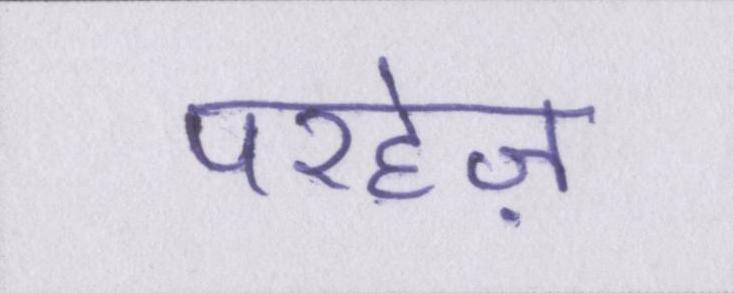
परहेज़